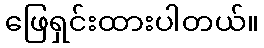
ဖြေရှင်းထားပါတယ်။